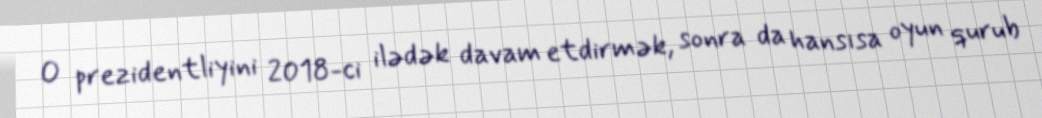
O prezidentliyini 2018-ci ilədək davam etdirmək, sonra da hansısa oyun qurub